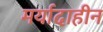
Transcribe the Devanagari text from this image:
मर्यादाहीन